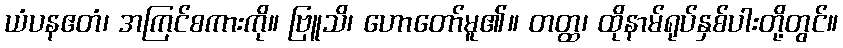
ယံပနဧတံ၊ အကြင်စကားကို။ ဗြူသိ၊ ဟောတော်မူ၏။ တတ္ထ၊ ထိုနာမ်ရုပ်နှစ်ပါးတို့တွင်။